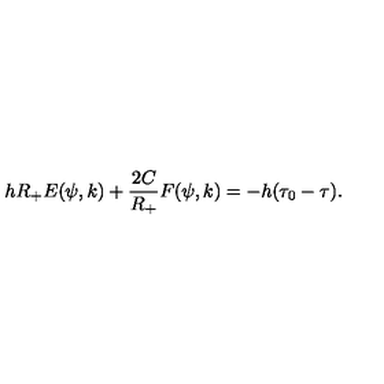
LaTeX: h R _ { + } E ( \psi , k ) + \frac { 2 C } { R _ { + } } F ( \psi , k ) = - h ( \tau _ { 0 } - \tau ) .